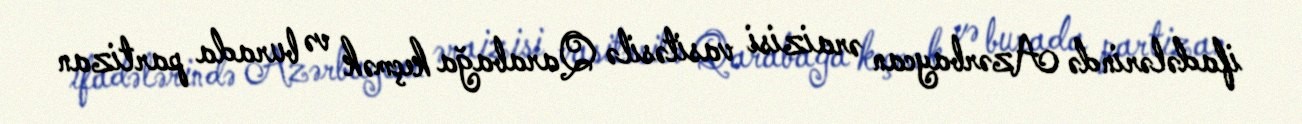
ifadələrində Azərbaycan əraizisi vasitəsilə Qarabağa keçmək və burada partizan